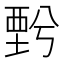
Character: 𧟯